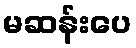
မဆန်းပေ